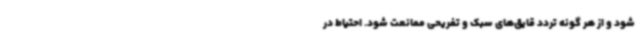
شود و از هر گونه تردد قایق‌های سبک و تفریحی ممانعت شود. احتیاط در